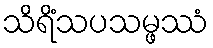
သိရိံသပသမ္ဖဿံ